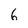
Character: 6